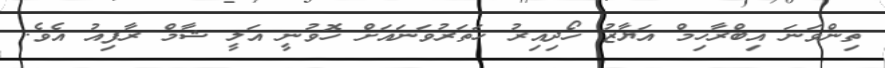
ތިންވަނަ އިބްރާހިމް އަޔާޒު ހޯދިއިރު ހަތަރުވަނައަށް ހޮވުނީ އަލީ ޝާމް ރާފިއު އެވެ.